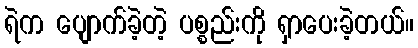
ရဲက ပျောက်ခဲ့တဲ့ ပစ္စည်းကို ရှာပေးခဲ့တယ်။